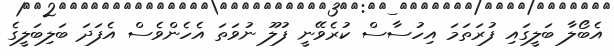
އެބޯލާ ބަލީގައި ފުރަތަމަ އިހުސާސް ކުރެވޭނީ ފުލޫ ނުވަތަ އެހެންވެސް އެފަދަ ބަލިބަލީގެ